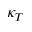
\kappa _ { T }